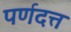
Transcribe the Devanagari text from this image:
पर्णदत्त